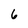
Character: 6